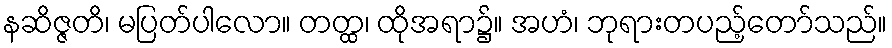
နဆိဇ္ဇတိ၊ မပြတ်ပါလော။ တတ္ထ၊ ထိုအရာ၌။ အဟံ၊ ဘုရားတပည့်တော်သည်။